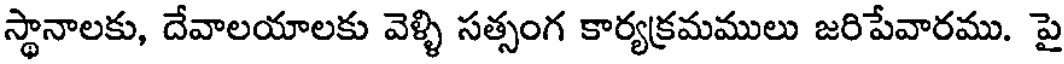
స్థానాలకు, దేవాలయాలకు వెళ్ళి సత్సంగ కార్యక్రమములు జరిపేవారము. పై